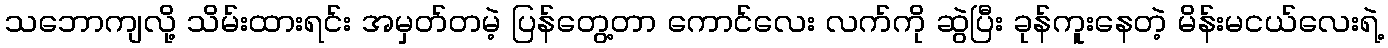
သဘောကျလို့ သိမ်းထားရင်း အမှတ်တမဲ့ ပြန်တွေ့တာ ကောင်လေး လက်ကို ဆွဲပြီး ခုန်ကူးနေတဲ့ မိန်းမငယ်လေးရဲ့